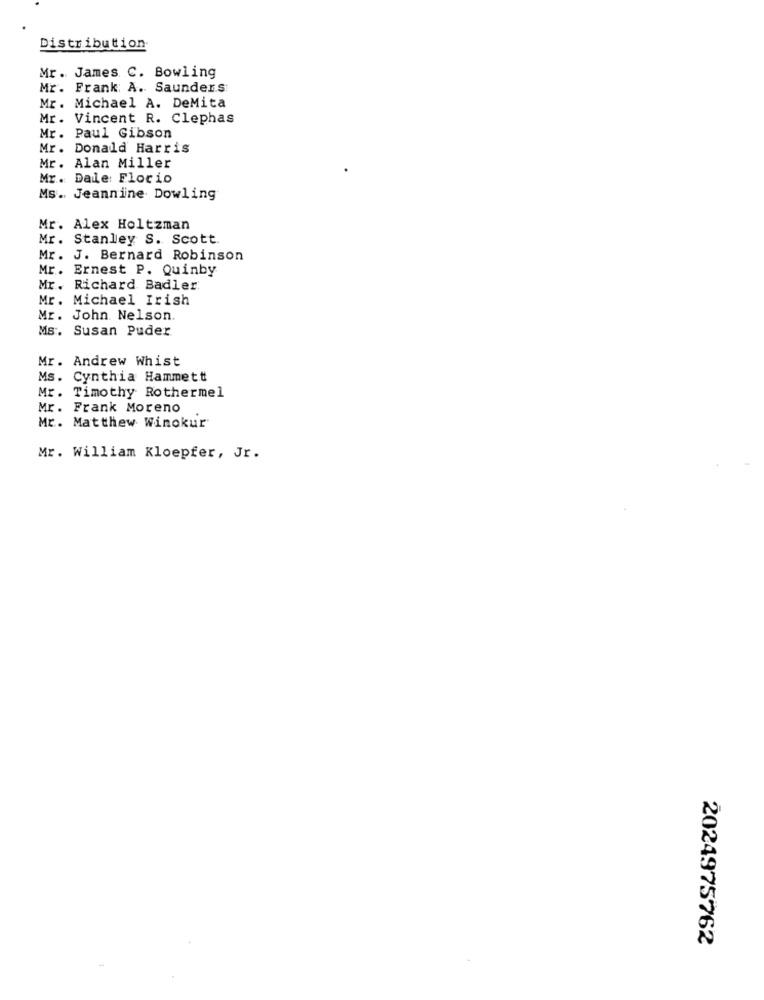
Distribution
Mr. James. C. Bowling
Mr. Frank: A. Saunders
Mr. Michael A. DeMita
Mr. Vincent R. Clephas
Mr. Paul Gibson
Mr. Donald Harris
Mr. Alan Miller
Mr. Dale: Florio
Ms .. Jeannine Dowling
Mr. Alex Holtzman
Mr. Stanley S. Scott
Mr. J. Bernard Robinson
Mr. Ernest P. Quinby
Mr. Richard Badler
Mr. Michael Irish
Mr. John Nelson.
Ms. Susan Puder
Mr. Andrew Whist
Ms. Cynthia Hammett
Mr.
Timothy Rothermel
Mr.
Frank Moreno
Mr. Matthew Winokur
Mr. William Kloepfer, Jr.
2024975762